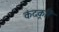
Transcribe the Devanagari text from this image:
कंदकूरि